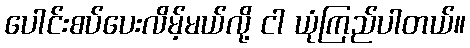
ပေါင်းစပ်ပေးလိမ့်မယ်လို့ ငါ ယုံကြည်ပါတယ်။